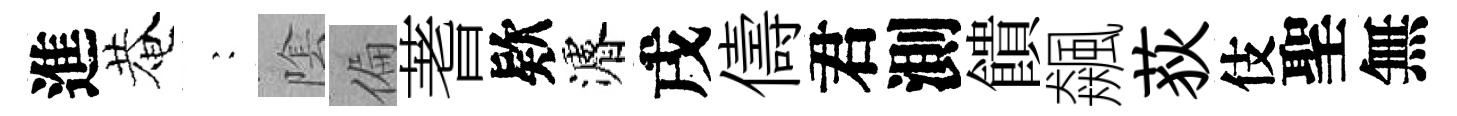
進菴巍隂偏蓍欵濬戌儔君測饋飆荻伎聖無